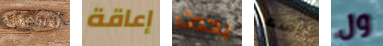
العاطفي إعاقة يحدث آسف ول